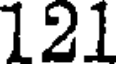
121